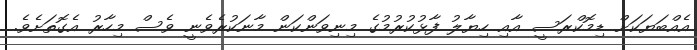
އެއްބަޔަކަށް ޑިމޮކްރަސީ އާއި ހިޔާލު ފާޅުކުރުމުގެ މިނިވަންކަން މާނަކުރެވެނީ ވެސް މިހާރު އެގޮތަށެވެ.